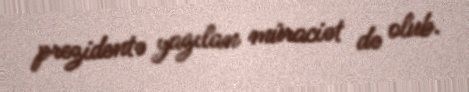
prezidentə yazılan müraciət də olub.